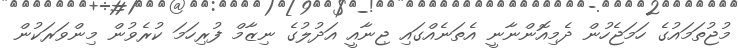
މުޖުތަމައުގެ ހަމަޖެހުން ދެމިއޮންނާނީ އެތަނެއްގައި ޖިނާއީ އަދުލުގެ ނިޒާމް ފުރިހަމަ ކުރެވުން މިންވަރަކުން